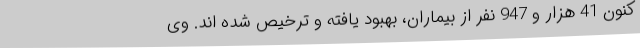
کنون 41 هزار و 947 نفر از بیماران، بهبود یافته و ترخیص شده اند. وی